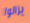
يزالوا